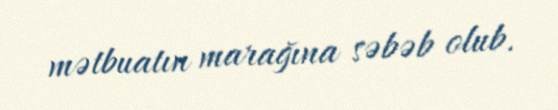
mətbuatın marağına səbəb olub.